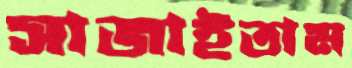
সাজাইতাম